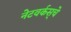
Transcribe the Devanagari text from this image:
नेटवर्कस्‌चे